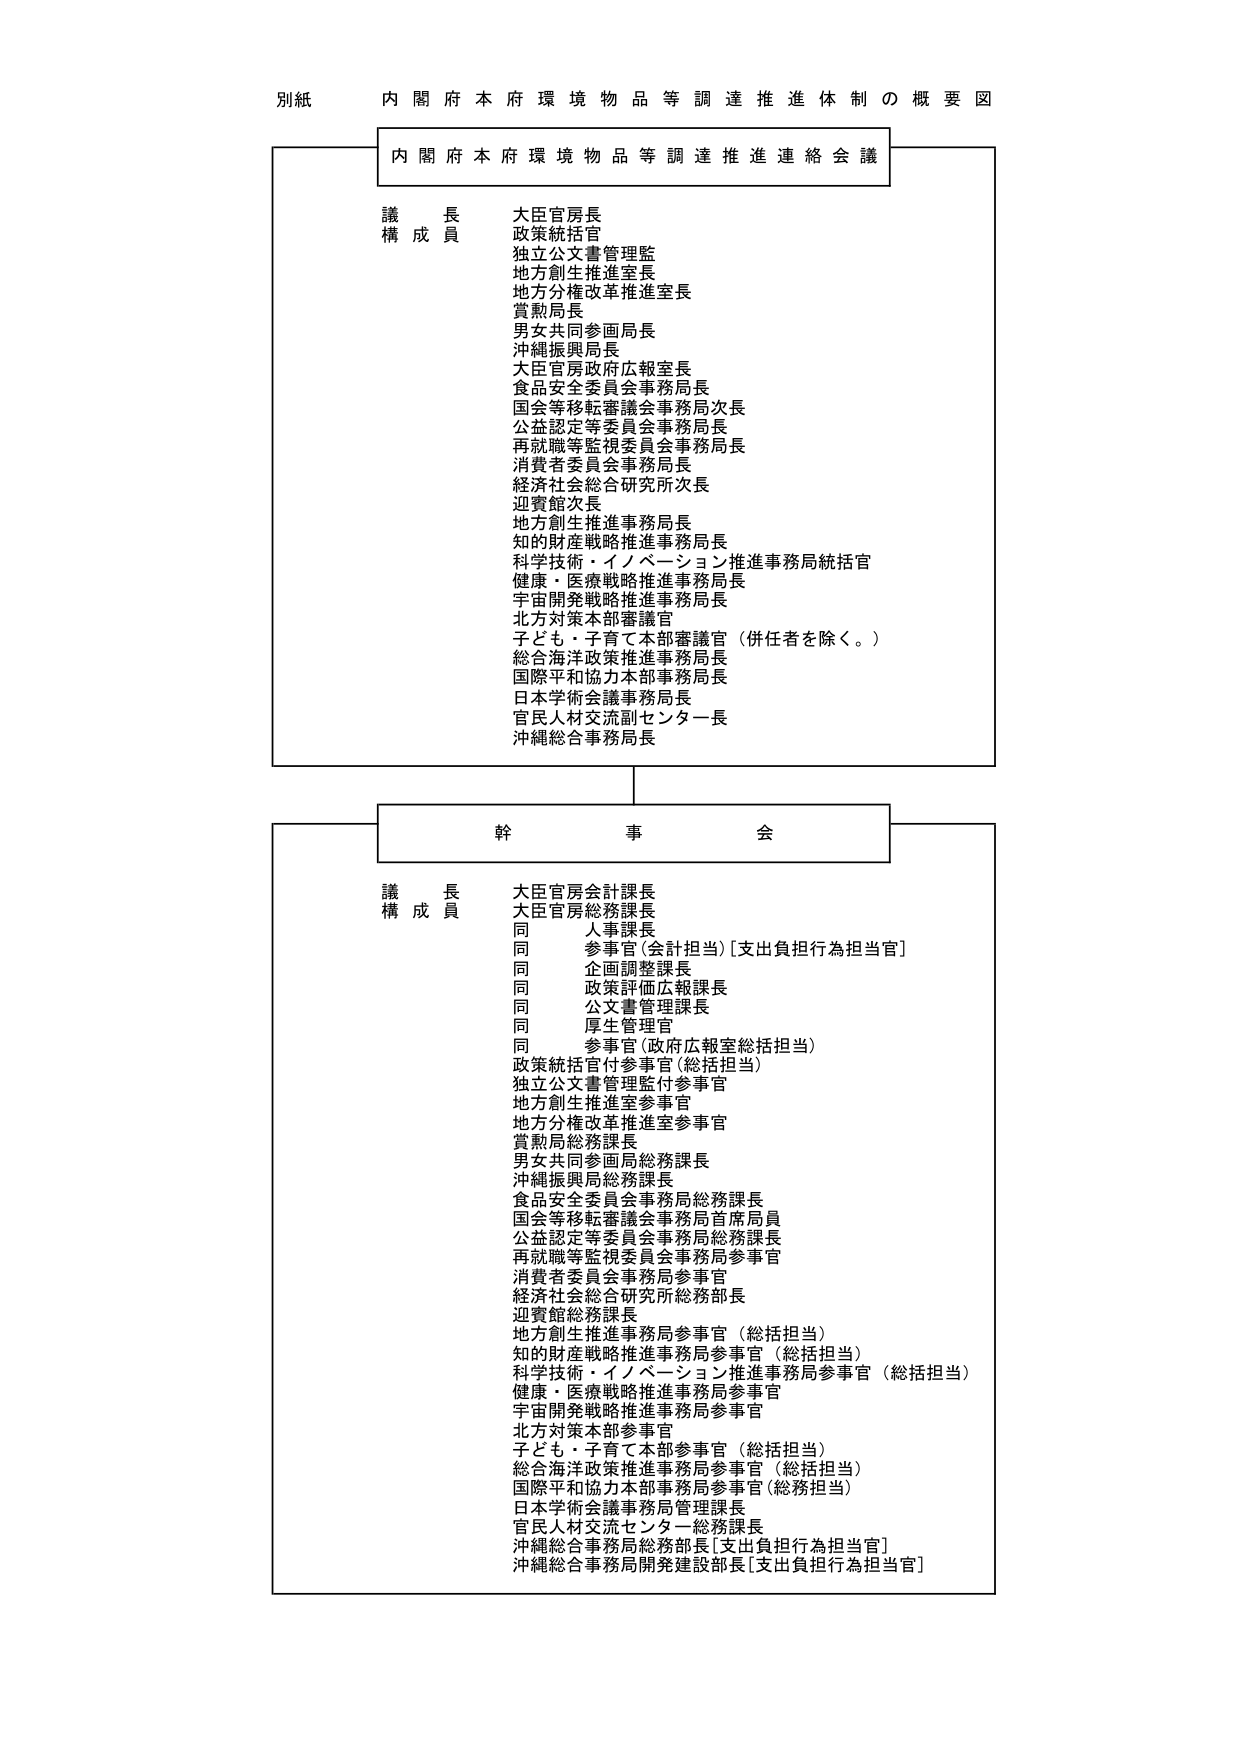
別紙　内閣府本府環境物品等調達推進体制の概要図

内閣府本府環境物品等調達推進連絡会議

議長　大臣官房長
構成員　政策統括官
　　　　独立公文書管理監
　　　　地方創生推進室長
　　　　地方分権改革推進室長
　　　　賞勲局長
　　　　男女共同参画局長
　　　　沖縄振興局長
　　　　大臣官房政府広報室長
　　　　食品安全委員会事務局長
　　　　国会等移転審議会事務局次長
　　　　公益認定等委員会事務局長
　　　　再就職等監視委員会事務局長
　　　　消費者委員会事務局長
　　　　経済社会総合研究所次長
　　　　迎賓館次長
　　　　地方創生推進事務局長
　　　　知的財産戦略推進事務局長
　　　　科学技術・イノベーション推進事務局統括官
　　　　健康・医療戦略推進事務局長
　　　　宇宙開発戦略推進事務局長
　　　　北方対策本部審議官
　　　　子ども・子育て本部審議官（併任者を除く。）
　　　　総合海洋政策推進事務局長
　　　　国際平和協力本部事務局長
　　　　日本学術会議事務局長
　　　　官民人材交流副センター長
　　　　沖縄総合事務局長

幹事会

議長　大臣官房会計課長
構成員　大臣官房総務課長
　　　　同　人事課長
　　　　同　参事官（会計担当）［支出負担行為担当官］
　　　　同　企画調整課長
　　　　同　政策評価広報課長
　　　　同　公文書管理課長
　　　　同　厚生管理官
　　　　同　参事官（政府広報室総括担当）
　　　　政策統括官付参事官（総括担当）
　　　　独立公文書管理監付参事官
　　　　地方創生推進室参事官
　　　　地方分権改革推進室参事官
　　　　賞勲局総務課長
　　　　男女共同参画局総務課長
　　　　沖縄振興局総務課長
　　　　食品安全委員会事務局総務課長
　　　　国会等移転審議会事務局首席局員
　　　　公益認定等委員会事務局総務課長
　　　　再就職等監視委員会事務局参事官
　　　　消費者委員会事務局参事官
　　　　経済社会総合研究所総務部長
　　　　迎賓館総務課長
　　　　地方創生推進事務局参事官（総括担当）
　　　　知的財産戦略推進事務局参事官（総括担当）
　　　　科学技術・イノベーション推進事務局参事官（総括担当）
　　　　健康・医療戦略推進事務局参事官
　　　　宇宙開発戦略推進事務局参事官
　　　　北方対策本部参事官
　　　　子ども・子育て本部参事官（総括担当）
　　　　総合海洋政策推進事務局参事官（総括担当）
　　　　国際平和協力本部事務局参事官（総務担当）
　　　　日本学術会議事務局管理課長
　　　　官民人材交流センター総務課長
　　　　沖縄総合事務局総務部長［支出負担行為担当官］
　　　　沖縄総合事務局開発建設部長［支出負担行為担当官］